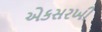
એકસરખી